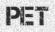
PET